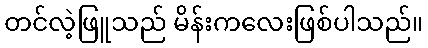
တင်လဲ့ဖြူသည် မိန်းကလေးဖြစ်ပါသည်။